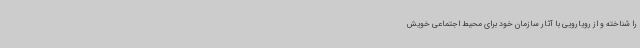
را شناخته و از رویارویی با آثار سازمان خود برای محیط اجتماعی خویش